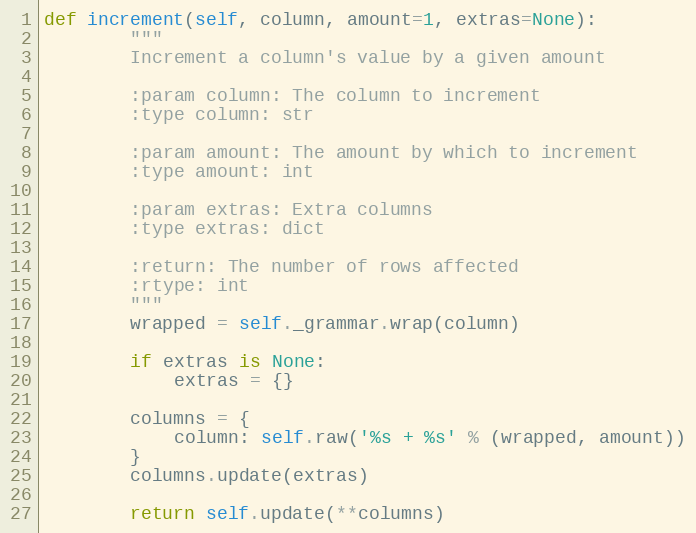
Language: Python
def increment(self, column, amount=1, extras=None):
        """
        Increment a column's value by a given amount

        :param column: The column to increment
        :type column: str

        :param amount: The amount by which to increment
        :type amount: int

        :param extras: Extra columns
        :type extras: dict

        :return: The number of rows affected
        :rtype: int
        """
        wrapped = self._grammar.wrap(column)

        if extras is None:
            extras = {}

        columns = {
            column: self.raw('%s + %s' % (wrapped, amount))
        }
        columns.update(extras)

        return self.update(**columns)